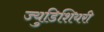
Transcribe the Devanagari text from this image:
ज्युडिशियरी